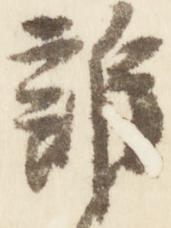
誰